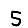
Digit: 5